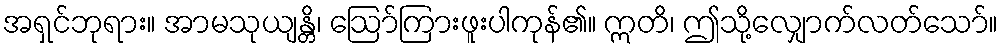
အရှင်ဘုရား။ အာမသုယျန္တိ၊ ဩော်ကြားဖူးပါကုန်၏။ ဣတိ၊ ဤသို့လျှောက်လတ်သော်။